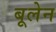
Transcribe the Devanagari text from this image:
बूलेन